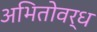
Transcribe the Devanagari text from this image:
अभितोवर्ध